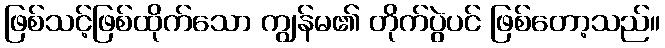
ဖြစ်သင့်ဖြစ်ထိုက်သော ကျွန်မ၏ တိုက်ပွဲပင် ဖြစ်တော့သည်။